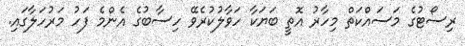
ރިސޯޓުގެ މަސައްކަތް މިހާރު އޮތީ ބަޔަކާ ހަވާލުކުރެވޭ ހިސާބުގެ އެންމެ ފަހު މަރުހަލާގައި.